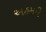
અહમદી